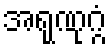
အရုဏုဂ္ဂံ